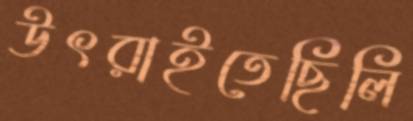
উৎরাইতেছিলি